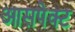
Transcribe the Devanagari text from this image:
आसपेक्ट